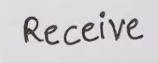
Receive